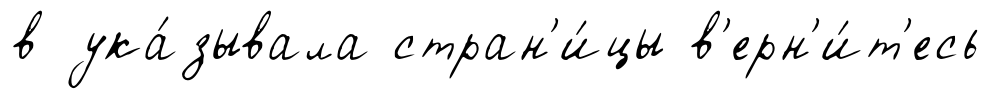
в ука́зывала стран'и́цы в'ерн'и́т'есь